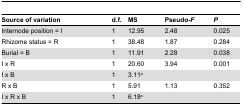
| Source of variation | d.f. | MS | Pseudo-F | P |
 | --- | --- | --- | --- | --- |
 | Internode position = I | 1 | 12.95 | 2.48 | 0.025 |
 | Rhizome status = R | 1 | 38.48 | 1.87 | 0.284 |
 | Burial = B | 1 | 11.91 | 2.28 | 0.038 |
 | I x R | 1 | 20.60 | 3.94 | 0.001 |
 | I x B | 1 | 3.11a |  |  |
 | R x B | 1 | 5.91 | 1.13 | 0.352 |
 | I x R x B | 1 | 6.18a |  |  |